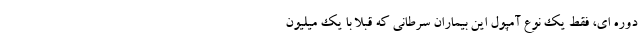
دوره ای، فقط یک نوع آمپول این بیماران سرطانی که قبلا با یک میلیون